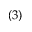
( 3 )